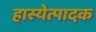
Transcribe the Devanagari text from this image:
हास्येत्पादक